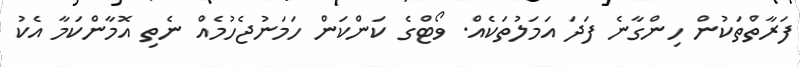
ފަރާތްތަކުން ހިންގާނެ ފަދަ އަމަލުތަކެއް. ވޯޓްގެ ކަންކަން ހަމަނުޖެހުމެއް ނެތި އޮމާންކަމާ އެކު